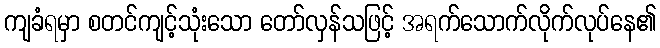
ကျခံရမှာ စတင်ကျင့်သုံးသော တော်လှန်သဖြင့် အရက်သောက်လိုက်လုပ်နေ၏